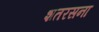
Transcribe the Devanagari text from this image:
शतरसना